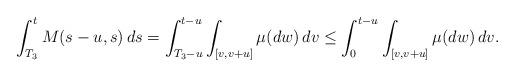
LaTeX: \begin{align*}\int_{T_3}^t M(s-u,s)\,ds &= \int_{T_3-u}^{t-u} \int_{[v,v+u]} \mu(dw) \,dv\leq \int_0^{t-u} \int_{[v,v+u]}\mu(dw) \,dv.\end{align*}